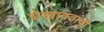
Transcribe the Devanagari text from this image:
शेखावतांची